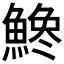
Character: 𩺒